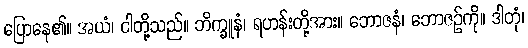
ပြောနေ၏။ အယံ၊ ငါတို့သည်။ ဘိက္ခူနံ၊ ရဟန်းတို့အား။ ဘောဇနံ၊ ဘောဇဉ်ကို။ ဒါတုံ၊